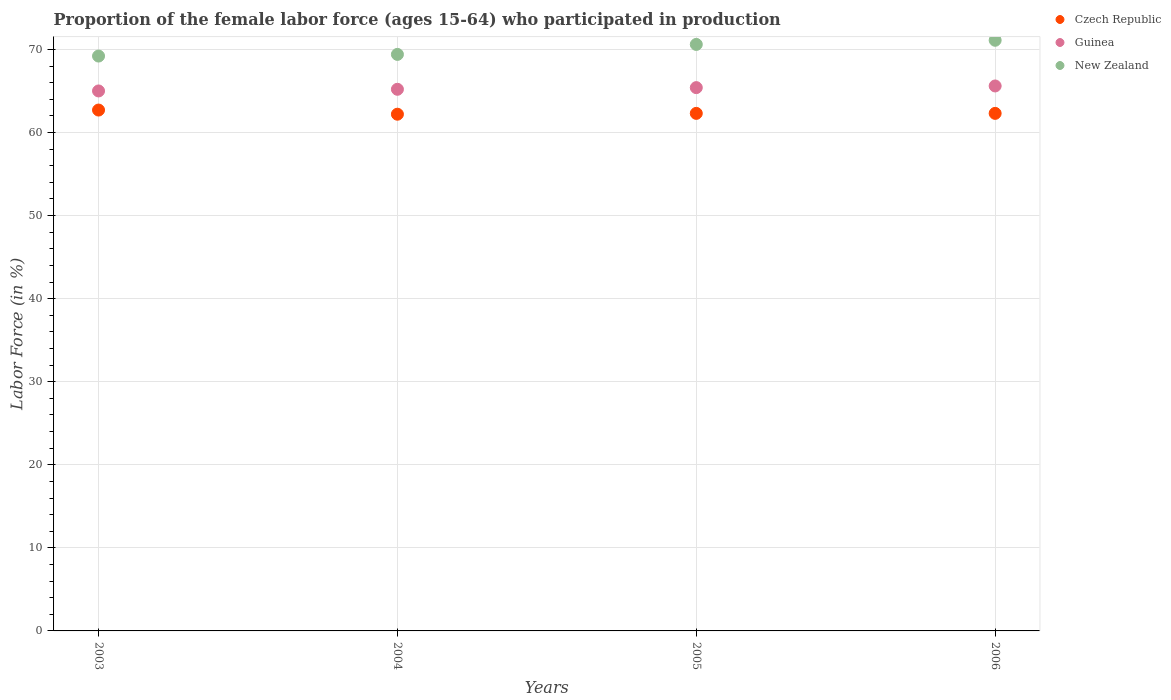
| Years | Czech Republic | Guinea | New Zealand |
 | --- | --- | --- | --- |
 | 2003 | 62.7 | 65 | 69.2 |
 | 2004 | 62.2 | 65.2 | 69.4 |
 | 2005 | 62.3 | 65.4 | 70.6 |
 | 2006 | 62.3 | 65.6 | 71.1 |